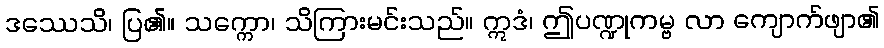
ဒဿေသိ၊ ပြ၏။ သက္ကော၊ သိကြားမင်းသည်။ ဣဒံ၊ ဤပဏ္ဍုကမ္ဗ လာ ကျောက်ဖျာ၏